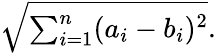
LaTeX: {\sqrt{\textstyle\sum_{i=1}^{n}(a_{i}-b_{i})^{2}}}.